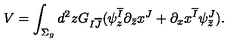
V = \int _ { \Sigma _ { g } } d ^ { 2 } z G _ { I { \overline { J } } } ( \psi _ { z } ^ { \overline { I } } \partial _ { \bar { z } } x ^ { J } + \partial _ { x } x ^ { \overline { I } } \psi _ { \bar { z } } ^ { J } ) .